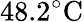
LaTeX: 48.2^{\circ}\mathrm{C}